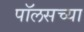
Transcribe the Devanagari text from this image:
पॉलसच्या